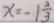
x = - 1 \frac { 2 } { 3 }